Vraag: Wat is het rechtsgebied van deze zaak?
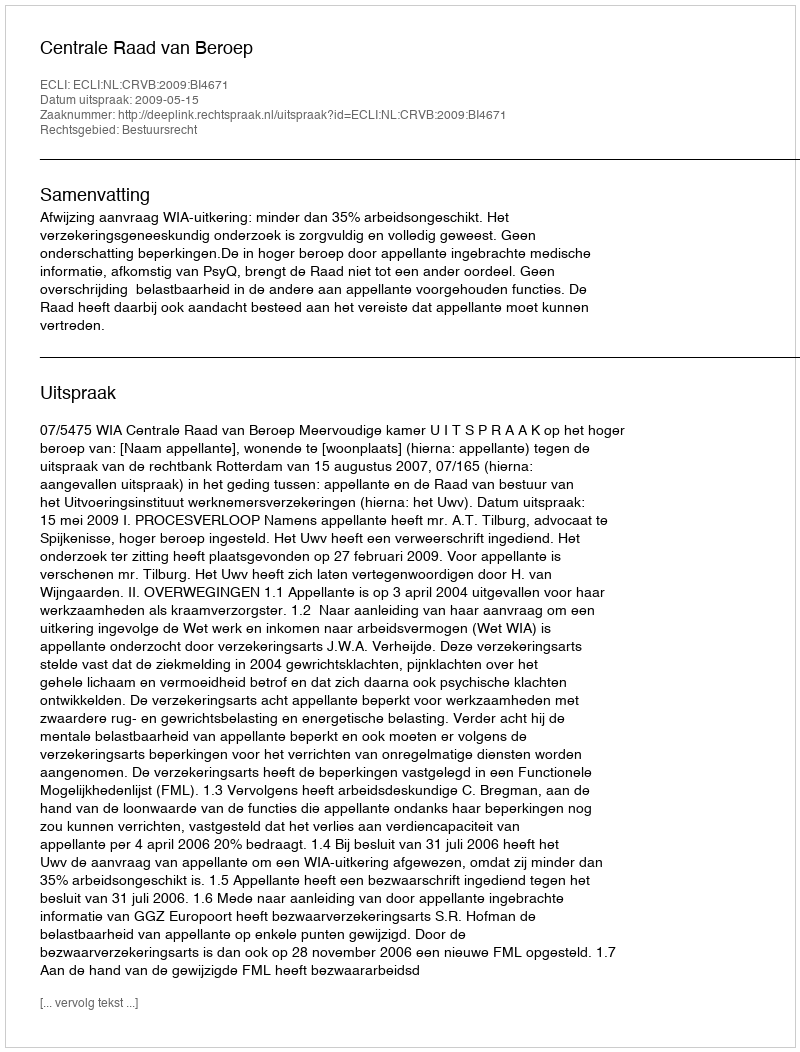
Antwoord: Bestuursrecht